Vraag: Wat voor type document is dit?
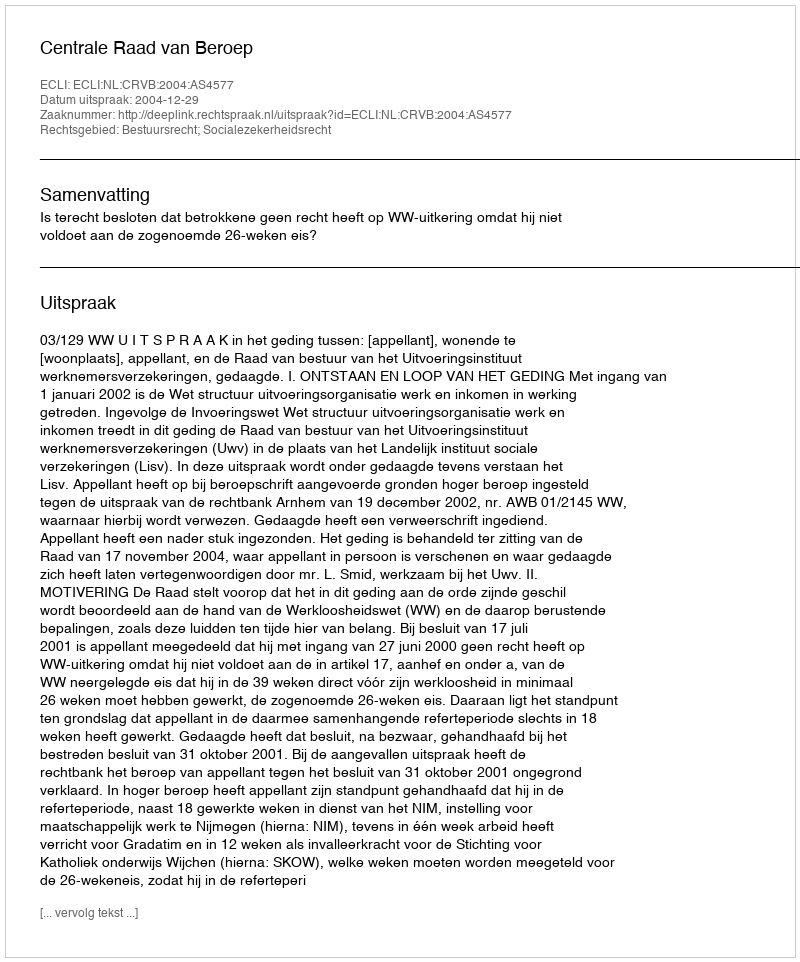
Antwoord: Uitspraak